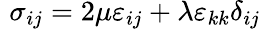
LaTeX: \, \, \sigma_{ij}=2\mu\varepsilon_{ij}+\lambda\varepsilon_{kk}\delta_{ij}